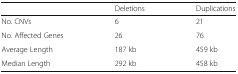
|  | Deletions | Duplications |
 | --- | --- | --- |
 | No. CNVs | 6 | 21 |
 | No. Affected Genes | 26 | 76 |
 | Average Length | 187 kb | 459 kb |
 | Median Length | 292 kb | 458 kb |